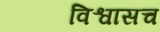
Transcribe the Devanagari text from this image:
विश्वासच